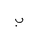
Letter: _ba